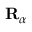
\mathbf { R } _ { \alpha }